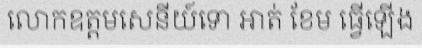
លោកឧត្តមសេនីយ៍ទោ អាត់ ខែម ធ្វើឡើង